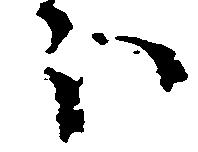
ほ